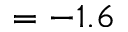
= - 1 . 6